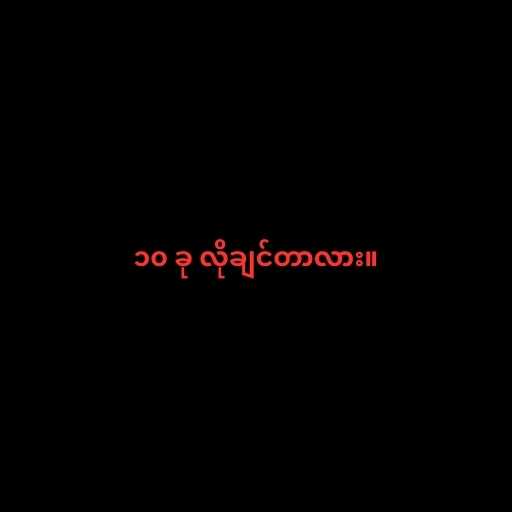
၁၀ ခု လိုချင်တာလား။